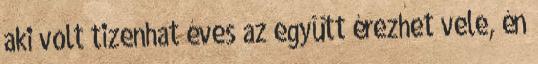
aki volt tizenhat éves az együtt érezhet vele, én